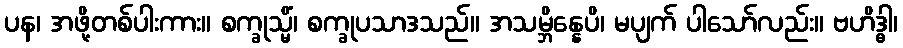
ပန၊ အဖို့တစ်ပါးကား။ စက္ခုသ္မိံ၊ စက္ခုပသာဒသည်။ အသမ္ဘိန္နေပိ၊ မပျက် ပါသော်လည်း။ ဗဟိဒ္ဓါ၊